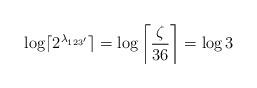
LaTeX: \begin{align*}\log \lceil 2^{\lambda_{123'}} \rceil &=\log \left\lceil \frac{\zeta}{36} \right\rceil =\log 3\end{align*}